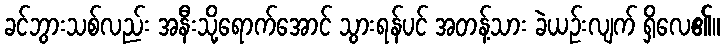
ခင်ဘွားသစ်လည်း အနီးသို့ရောက်အောင် သွားရန်ပင် အတန့်သား ခဲယဉ်းလျက် ရှိလေ၏။